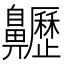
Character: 𪗁